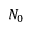
N _ { 0 }